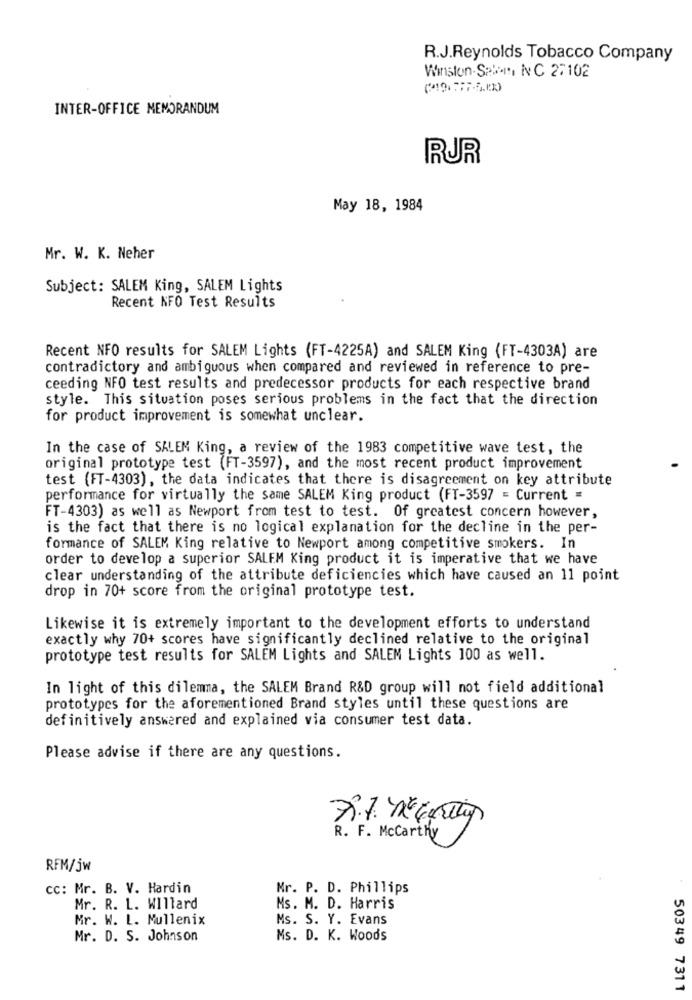
R.J.Reynolds Tobacco Company
Winston-Salem, NC 27102
INTER-OFFICE MEMORANDUM
RJR
May 18, 1984
Mr. W. K. Neher
Subject: SALEM King, SALEM Lights
Recent KFO Test Results
Recent NFO results for SALEM Lights (FT-4225A) and SALEM King (FT-4303A) are
contradictory and ambiguous when compared and reviewed in reference to pre-
ceeding NFO test results and predecessor products for each respective brand
style. This situation poses serious problems in the fact that the direction
for product improvement is somewhat unclear.
In the case of SALEM King, a review of the 1983 competitive wave test, the
original prototype test (FT-3597), and the most recent product improvement
test (FT-4303), the data indicates that there is disagreement on key attribute
performance for virtually the same SALEM King product (FT-3597 = Current =
FT-4303) as well as Newport from test to test. Of greatest concern however,
is the fact that there is no logical explanation for the decline in the per-
formance of SALEM King relative to Newport among competitive smokers. In
order to develop a superior SALEM King product it is imperative that we have
clear understanding of the attribute deficiencies which have caused an 11 point
drop in 70+ score from the original prototype test.
Likewise it is extremely important to the development efforts to understand
exactly why 70+ scores have significantly declined relative to the original
prototype test results for SALEM Lights and SALEM Lights 100 as well.
In light of this dilemma, the SALEM Brand R&D group will not field additional
prototypes for the aforementioned Brand styles until these questions are
definitively answered and explained via consumer test data.
Please advise if there are any questions.
R. F. Mccarthy
RFM/jw
cc: Mr. B. V. Hardin
Mr. P. D. Phillips
Mr. R. L. WIllard
Ms. M. D. Harris
Mr. W. L. Mullenix
Ms. S. Y. Evans
Mr. D. S. Johnson
Ms. D. K. Woods
50349 7311